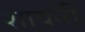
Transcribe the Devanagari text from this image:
शावनी